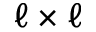
\ell \times \ell